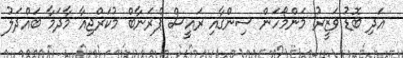
އަދި ބޮޑު ވަޒީރު މަންމޯހަން ސިންގާއި ރައީސް ޕްރަނާބް މުކަރްޖިއާ މާދަމާ ބައްދަލު